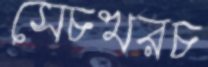
সেচখরচ